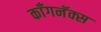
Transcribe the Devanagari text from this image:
काँगनॅक्स